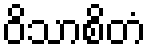
ဝိသာစိတံ